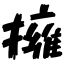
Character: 擁